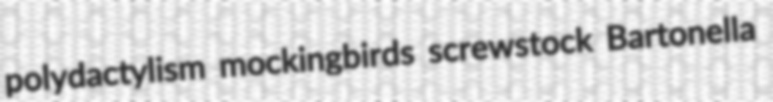
polydactylism mockingbirds screwstock Bartonella